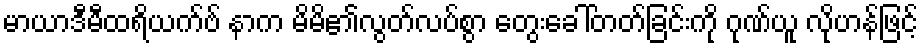
မာယာဒီမီထရိယက်ဗ် နာက မိမိ၏လွတ်လပ်စွာ တွေးခေါ်တတ်ခြင်းကို ဂုဏ်ယူ လိုဟန်ဖြင့်